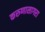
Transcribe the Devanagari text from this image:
करुणासागरा